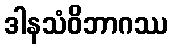
ဒါနသံဝိဘာဂဿ